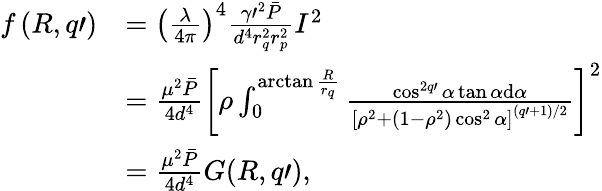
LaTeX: \begin{array}{rl}{f\left(R,q\prime\right)}&{=\left(\frac{\lambda}{4\pi}\right)^{4}\frac{\gamma\prime^{2}\bar{P}}{d^{4}r_{q}^{2}r_{p}^{2}}I^{2}}\\ &{=\frac{\mu^{2}\bar{P}}{4d^{4}}\left[\rho\int_{0}^{\arctan\frac{R}{r_{q}}}\frac{\cos^{2q\prime}\alpha\tan\alpha\mathrm{d}\alpha}{\left[\rho^{2}+(1-\rho^{2})\cos^{2}\alpha\right]^{(q\prime+1)/2}}\right]^{2}}\\ &{=\frac{\mu^{2}\bar{P}}{4d^{4}}G(R,q\prime),}\end{array}